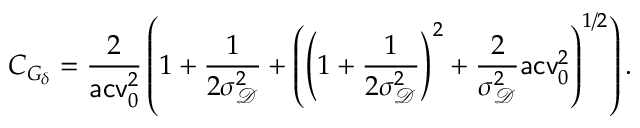
C _ { G _ { \delta } } = \frac { 2 } { \mathsf { a c v } _ { 0 } ^ { 2 } } \left( 1 + \frac { 1 } { 2 \sigma _ { \mathscr D } ^ { 2 } } + \left( \left( 1 + \frac { 1 } { 2 \sigma _ { \mathscr D } ^ { 2 } } \right) ^ { 2 } + \frac { 2 } { \sigma _ { \mathscr D } ^ { 2 } } \mathsf { a c v } _ { 0 } ^ { 2 } \right) ^ { 1 / 2 } \right) .